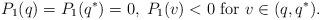
LaTeX: \begin{align*}P_1(q)=P_1(q^*)=0,\; P_1(v)<0 \mbox{ for } v\in (q, q^*).\end{align*}